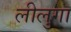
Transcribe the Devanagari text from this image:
लीलुगा